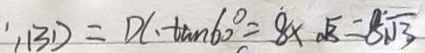
B D = D C \cdot \tan 6 0 ^ { \circ } = 8 \times \sqrt { 3 } = 8 \sqrt { 3 }